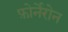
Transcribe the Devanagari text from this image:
फ़ोर्नेरोन